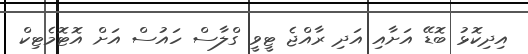
އިދިކޮޅު ބޮޑޭ އަށާއި އަދި ރާއްޖެ ޓީވީ ގްލާސް ހައުސް އަށް އޮޓޮމެޓިކް